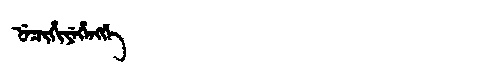
Manchu: ᠨᡝᠴᡳᡥᡳᠶᡝᡥᡝᠩᡤᡝ
Romanization: NECIHIYEHENGGE